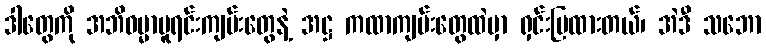
ဒါတွေကို အဘိဓမ္မာမူရင်းကျမ်းတွေနဲ့ အဋ္ဌ ကထာကျမ်းတွေထဲမှာ ရှင်းပြထားတယ်၊ အဲဒီ သဘော